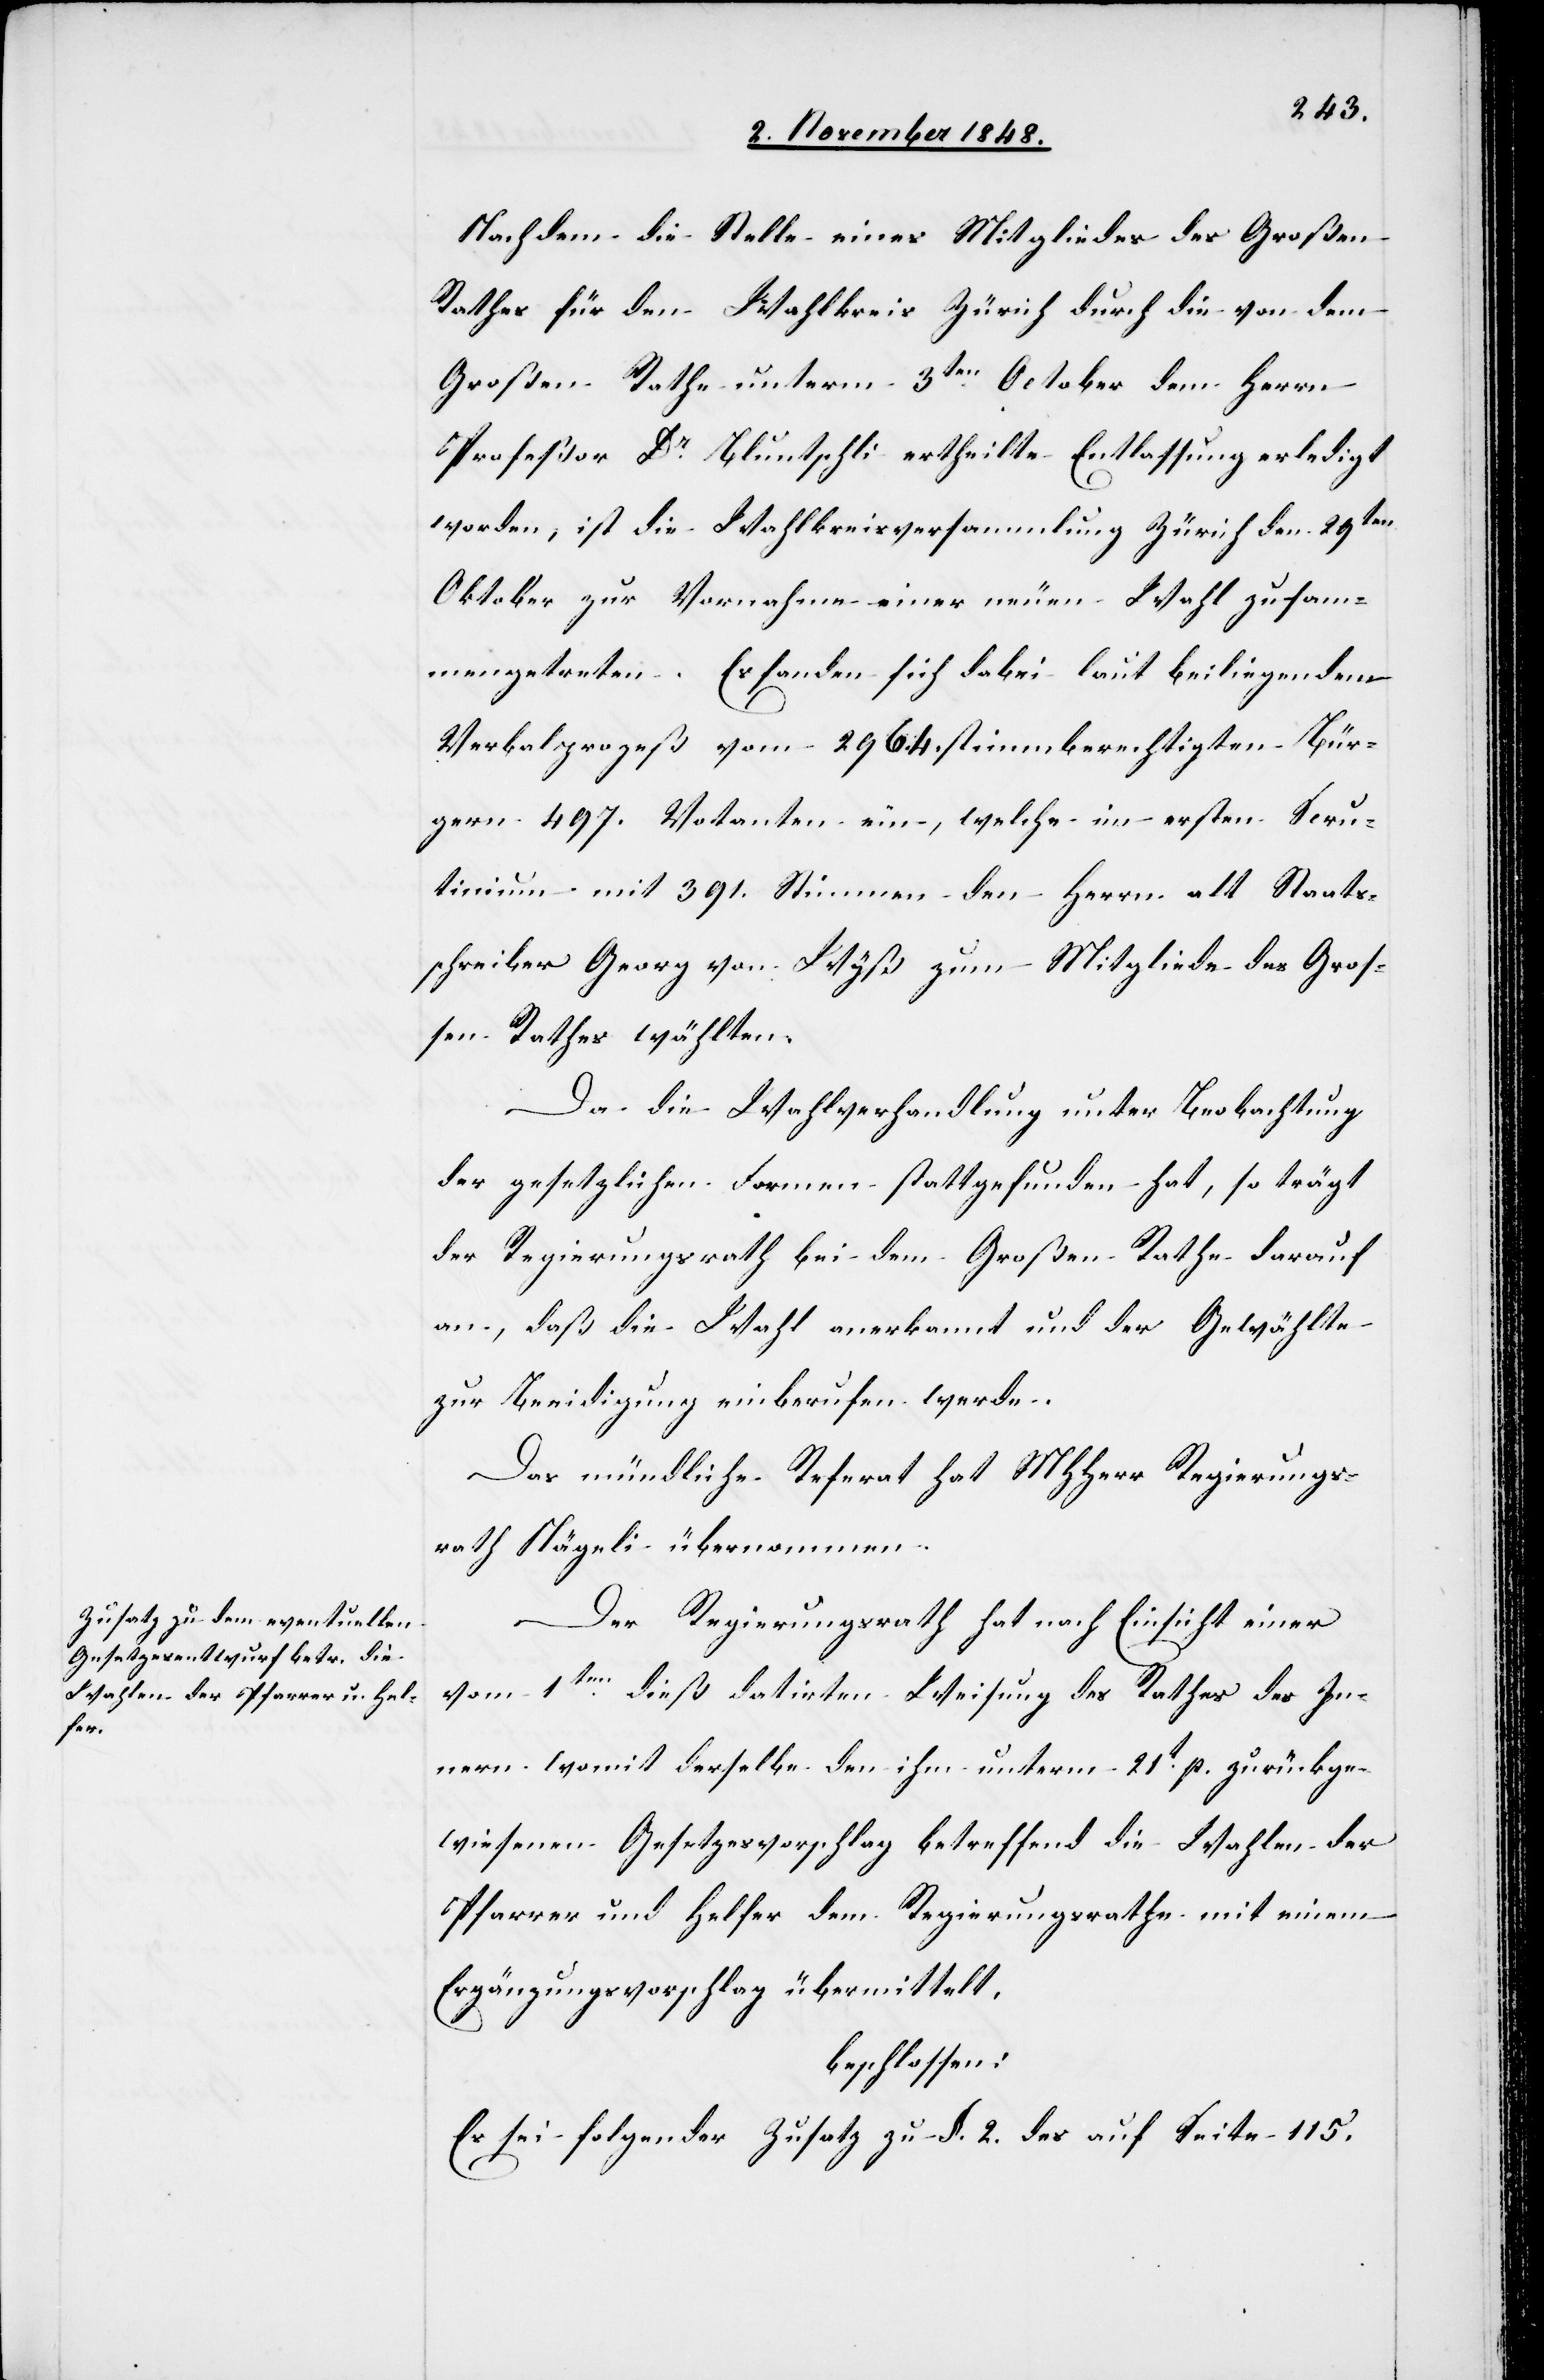
Nachdem die Stelle eines Mitgliedes des Großen
Rathes für den Wahlkreis Zürich durch die von dem
Großen Rathe unterm 3ten October dem Herrn
Profeßor Dr Bluntschli ertheilte Entlassung erledigt
worden, ist die Wahlkreisversammlung Zürich den 29ten
Oktober zur Vornahme einer neuen Wahl zusam¬
mengetreten. Es fanden sich dabei laut beiligendem
Verbalprozeß vom 2964. stimmberechtigten Bür¬
gern 497. Votanten ein, welche im ersten Scru¬
tinium mit 391. Stimmen den Herrn alt Staats¬
schreiber Georg von Wyß zum Mitgliede des Groß¬
en Rathes wählten.
Da die Wahlverhandlung unter Beobachtung
der gesetzlichen Formen stattgefunden hat, so trägt
der Regierungsrath bei dem Großen Rathe darauf
an, daß die Wahl anerkannt und der Gewählte
zur Beeidigung einberufen werde.
Das mündliche Referat hat MHHerr Regierungs¬
rath Nägeli übernommen.
Der Regierungsrath hat nach Einsicht einer
vom 1ten dieß datirten Weisung des Rathes des In¬
nern womit derselbe den ihm unterm 21t p. zurückge¬
wiesenen Gesetzesvorschlag betreffend die Wahlen der
Pfarrer und Helfer dem Regierungsrathe mit einem
Ergänzungsvorschlag übermittelt.
beschlossen:
Es sei folgender Zusatz zu §. 2. des auf Seite 115